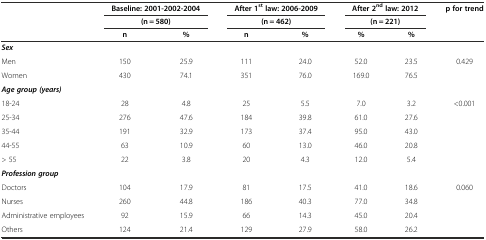
<table><thead><tr><td rowspan="3"></td><td colspan="2"><b>Baseline: 2001-2002-2004</b></td><td colspan="2"><b>After 1<sup>st</sup> law: 2006-2009</b></td><td colspan="2"><b>After 2<sup>nd</sup> law: 2012</b></td><td><b>p for trend</b></td></tr><tr><td colspan="2"><b>(n = 580)</b></td><td colspan="2"><b>(n = 462)</b></td><td colspan="3"><b>(n = 221)</b></td></tr><tr><td><b>n</b></td><td><b>%</b></td><td><b>n</b></td><td><b>%</b></td><td><b>%</b></td><td><b>%</b></td><td></td></tr></thead><tbody><tr><td><b><i>Sex</i></b></td><td></td><td></td><td></td><td></td><td></td><td></td><td></td></tr><tr><td>Men</td><td>150</td><td>25.9</td><td>111</td><td>24.0</td><td>52.0</td><td>23.5</td><td>0.429</td></tr><tr><td>Women</td><td>430</td><td>74.1</td><td>351</td><td>76.0</td><td>169.0</td><td>76.5</td><td></td></tr><tr><td><b><i>Age group (years)</i></b></td><td></td><td></td><td></td><td></td><td></td><td></td><td></td></tr><tr><td>18-24</td><td>28</td><td>4.8</td><td>25</td><td>5.5</td><td>7.0</td><td>3.2</td><td>&lt;0.001</td></tr><tr><td>25-34</td><td>276</td><td>47.6</td><td>184</td><td>39.8</td><td>61.0</td><td>27.6</td><td></td></tr><tr><td>35-44</td><td>191</td><td>32.9</td><td>173</td><td>37.4</td><td>95.0</td><td>43.0</td><td></td></tr><tr><td>44-55</td><td>63</td><td>10.9</td><td>60</td><td>13.0</td><td>46.0</td><td>20.8</td><td></td></tr><tr><td>&gt; 55</td><td>22</td><td>3.8</td><td>20</td><td>4.3</td><td>12.0</td><td>5.4</td><td></td></tr><tr><td><b><i>Profession group</i></b></td><td></td><td></td><td></td><td></td><td></td><td></td><td></td></tr><tr><td>Doctors</td><td>104</td><td>17.9</td><td>81</td><td>17.5</td><td>41.0</td><td>18.6</td><td>0.060</td></tr><tr><td>Nurses</td><td>260</td><td>44.8</td><td>186</td><td>40.3</td><td>77.0</td><td>34.8</td><td></td></tr><tr><td>Administrative employees</td><td>92</td><td>15.9</td><td>66</td><td>14.3</td><td>45.0</td><td>20.4</td><td></td></tr><tr><td>Others</td><td>124</td><td>21.4</td><td>129</td><td>27.9</td><td>58.0</td><td>26.2</td><td></td></tr></tbody></table>